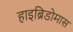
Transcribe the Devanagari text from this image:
हाइब्रिडोमास